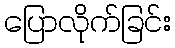
ပြောလိုက်ခြင်း